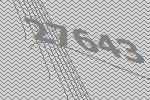
27643